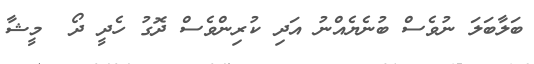
ބަލާބަލަ ނުވެސް ބުނެޔެއްނު އަދި ކުރިންވެސް ދޮގު ހެދީ ދޯ  މީޝާ